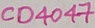
Text: CD4047